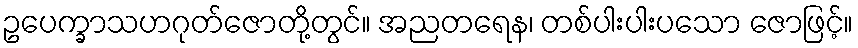
ဥပေက္ခာသဟဂုတ်ဇောတို့တွင်။ အညတရေန၊ တစ်ပါးပါးပသော ဇောဖြင့်။